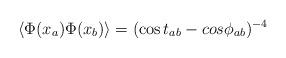
LaTeX: \begin{align*}\langle \Phi(x_a) \Phi(x_b) \rangle = (\cos t_{ab} -cos\phi_{ab})^{-4}\end{align*}